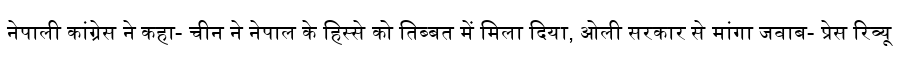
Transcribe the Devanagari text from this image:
नेपाली कांग्रेस ने कहा- चीन ने नेपाल के हिस्से को तिब्बत में मिला दिया, ओली सरकार से मांगा जवाब- प्रेस रिव्यू